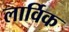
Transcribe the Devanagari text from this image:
लार्विक